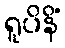
ရူပိနိံ